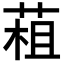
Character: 𦳏